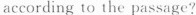
according to the passage?